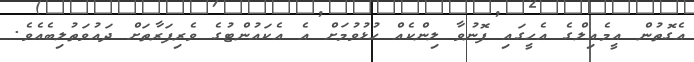
އެގޮތުން އީމެއިލްގެ އެހީގައި ފޮނުވާ ލިންކެއް ހުޅުވުމަށް އެ އެކައުންޓުގެ ވެރިފަރާތަށް ދައުވަތުލިބެއެވެ.